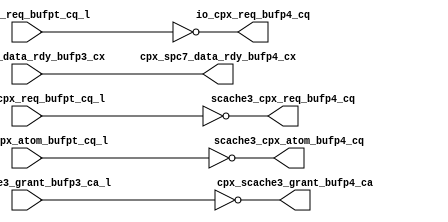
module cpx_buf_p4(/*AUTOARG*/
   // Outputs
   scache3_cpx_req_bufp4_cq, scache3_cpx_atom_bufp4_cq, 
   io_cpx_req_bufp4_cq, cpx_scache3_grant_bufp4_ca, 
   cpx_spc7_data_rdy_bufp4_cx, 
   // Inputs
   scache3_cpx_req_bufpt_cq_l, scache3_cpx_atom_bufpt_cq_l, 
   io_cpx_req_bufpt_cq_l, cpx_scache3_grant_bufp3_ca_l, 
   cpx_spc7_data_rdy_bufp3_cx
   );
   

   output [7:0]		scache3_cpx_req_bufp4_cq;	
   output 		scache3_cpx_atom_bufp4_cq;	
   output [7:0]		io_cpx_req_bufp4_cq;
   output [7:0]		cpx_scache3_grant_bufp4_ca;
   output     		cpx_spc7_data_rdy_bufp4_cx;
   
   
   input [7:0]		scache3_cpx_req_bufpt_cq_l;	
   input 		scache3_cpx_atom_bufpt_cq_l;	
   input [7:0]		io_cpx_req_bufpt_cq_l;
   input [7:0]		cpx_scache3_grant_bufp3_ca_l;
   input     		cpx_spc7_data_rdy_bufp3_cx;

   assign 		scache3_cpx_req_bufp4_cq[7:0]		=        ~scache3_cpx_req_bufpt_cq_l[7:0];
   assign 		scache3_cpx_atom_bufp4_cq		=        ~scache3_cpx_atom_bufpt_cq_l;
   assign 		io_cpx_req_bufp4_cq[7:0]		=        ~io_cpx_req_bufpt_cq_l[7:0];
   assign               cpx_scache3_grant_bufp4_ca              =        ~cpx_scache3_grant_bufp3_ca_l;
   assign     		cpx_spc7_data_rdy_bufp4_cx              =         cpx_spc7_data_rdy_bufp3_cx;
								

endmodule